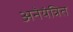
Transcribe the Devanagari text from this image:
अनॆयंत्रित